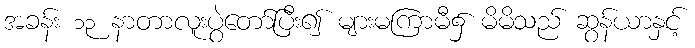
အခန်း ၁၃ နာတာလူးပွဲတော်ပြီး၍ များမကြာမီ၌ မိမိသည် ဆွန်ယာနှင့်